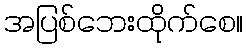
အပြစ်ဘေးထိုက်စေ။